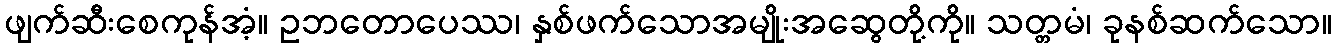
ဖျက်ဆီးစေကုန်အံ့။ ဥဘတောပေဿ၊ နှစ်ဖက်သောအမျိုးအဆွေတို့ကို။ သတ္တမံ၊ ခုနစ်ဆက်သော။